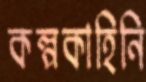
কল্পকাহিনি